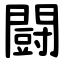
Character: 闘